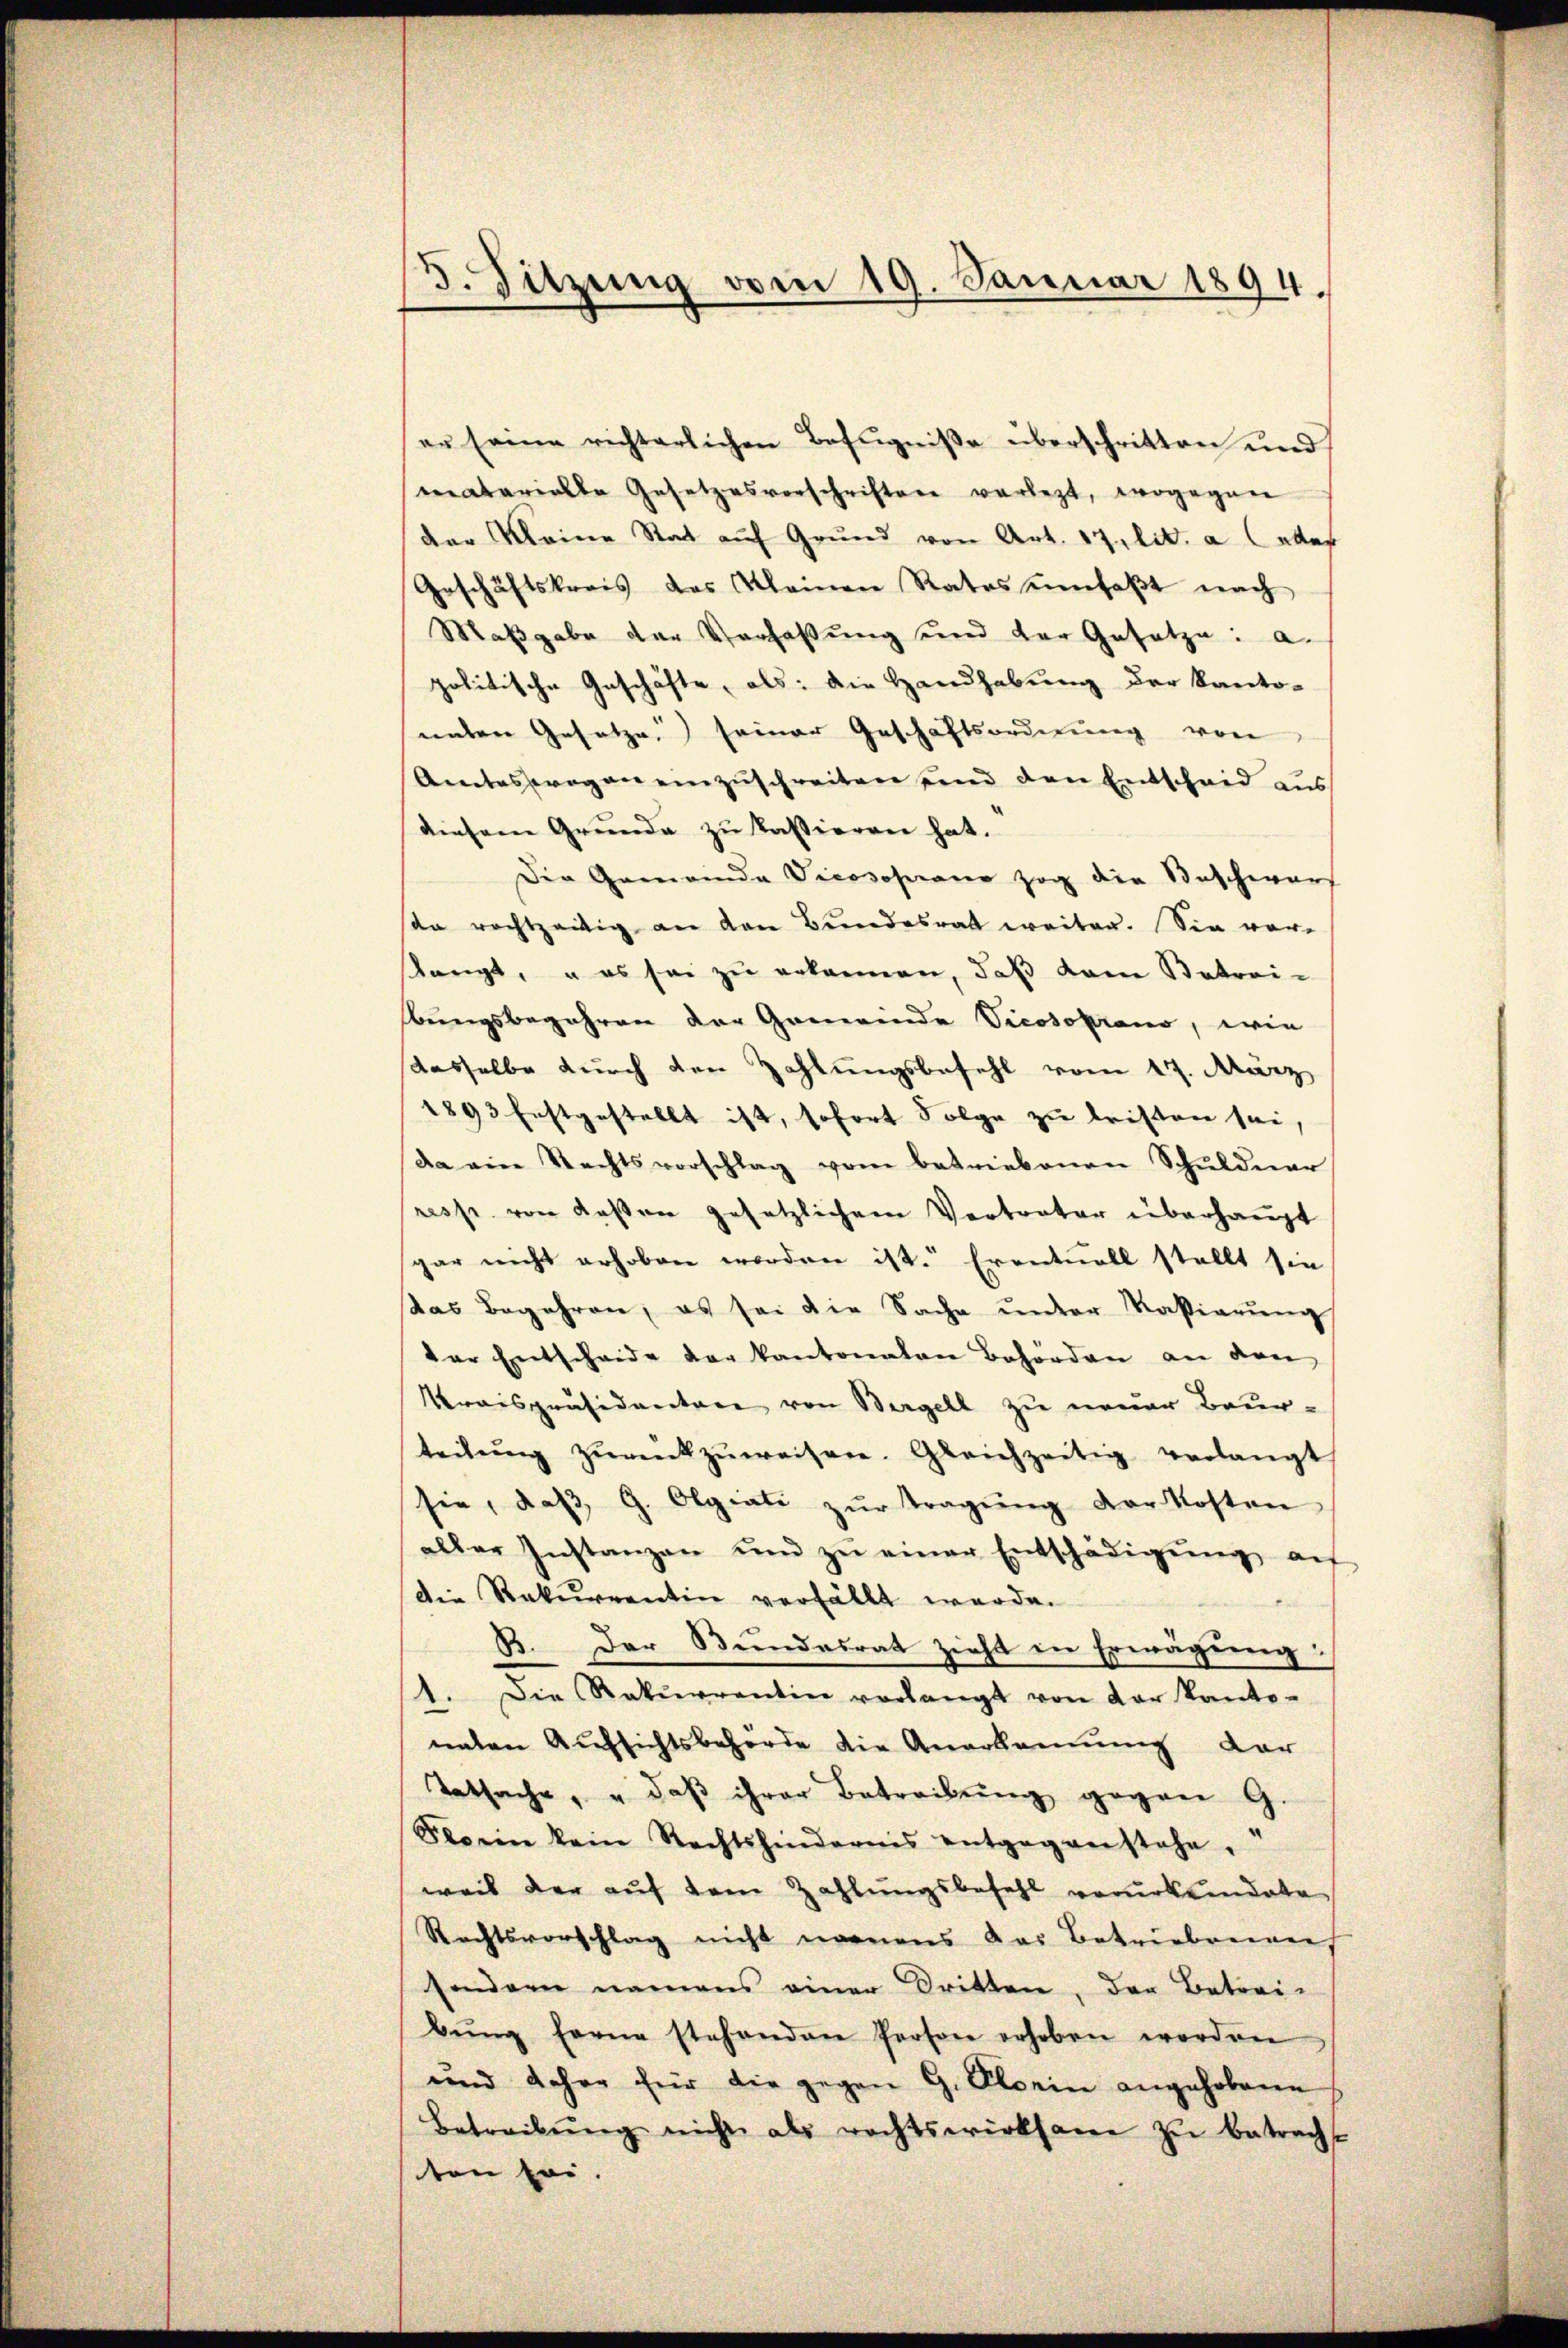
3. Sitzung vom 19. Januar 1894.

er seine richterlichen Befugniße überschritten und
matarielle Gesetzesvorschriftere verletzt, wogegen
der Meine Stat auf Grund von Art. 17 lit. a Cadas
Geschäftskreis des Kleinen Rates umfaßt nach
Maβgabe der Verhassŭng und der Gesetze: a.
politische Geschäfte, als: die Handhabung der Kanto-
unten Gesetze seiner Geschäftsordnung von
Amteswegen einzuschreiten sind den Entscheid aus
diesem Grunde zu kassieren hat.
Der Gemeinde Vicosoferano zog die Beschwarf
son rechtzeitig an den Bundesrath weiter. Sie vorangt, u es sei zu erkannen, daß dem Betreibungsbegehren der Gemeinde Vicosoprano, wie
dasselbe durch den Zahlungsbefehl vom 17. März
1893 festgestellt ist, sofort Folge zu leisten sei,
da eine Rechtsvorschlag vom betriebenen Schuldner
resp. von deßen gesetzlichem Vertreter überhaupt
gar nicht erhoben worden ist. Eventuell stellt sie
das Begehren; es sei die Sache ŭnter Kasiarŭng
der Entscheide der kantonaten Behörden an den
Kraispräsidentare von Bergell zu neuer Beur-
teilŭng zŭrückzŭweisen. Gleichzeitig verlangt
sie, daβ G. Olgiate zŭr Tragŭng der Kosten
aller Instanzen und zŭ einer Entschädigŭng aŭf
Die Rekurrentin verfällt werde.
B. Der Bundesrat zieht in Erwägung:
1. Die Rekurrentin verlangt von der Kanto-
nnten Aufsichtsbehörde die Anerkennung dar
Tatsache, u daβ ihrer Betreibung gegen G.
Slorin kein Rechtshindernis entgegenstehe.
weil der auf dem Zahlungsbefehl verurkundate
Rechtsvorschlag nicht nennens das Betriebenen
sondern namens einer Dritten, der Betrei-
bŭng ferne stehenden Person erhoben worden
und daher für die gegen G. Florin angehobene
Betreibŭng nicht als rechtswirksam zŭ betracht
ten sei.